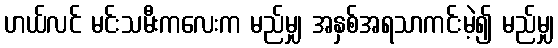
ဟယ်လင် မင်းသမီးကလေးက မည်မျှ အနှစ်အရသာကင်းမဲ့၍ မည်မျှ